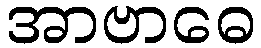
အာဗာဓေ